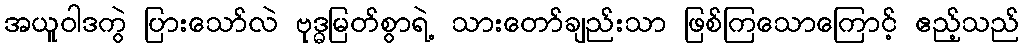
အယူဝါဒကွဲ ပြားသော်လဲ ဗုဒ္ဓမြတ်စွာရဲ့ သားတော်ချည်းသာ ဖြစ်ကြသောကြောင့် ဧည့်သည်